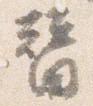
替